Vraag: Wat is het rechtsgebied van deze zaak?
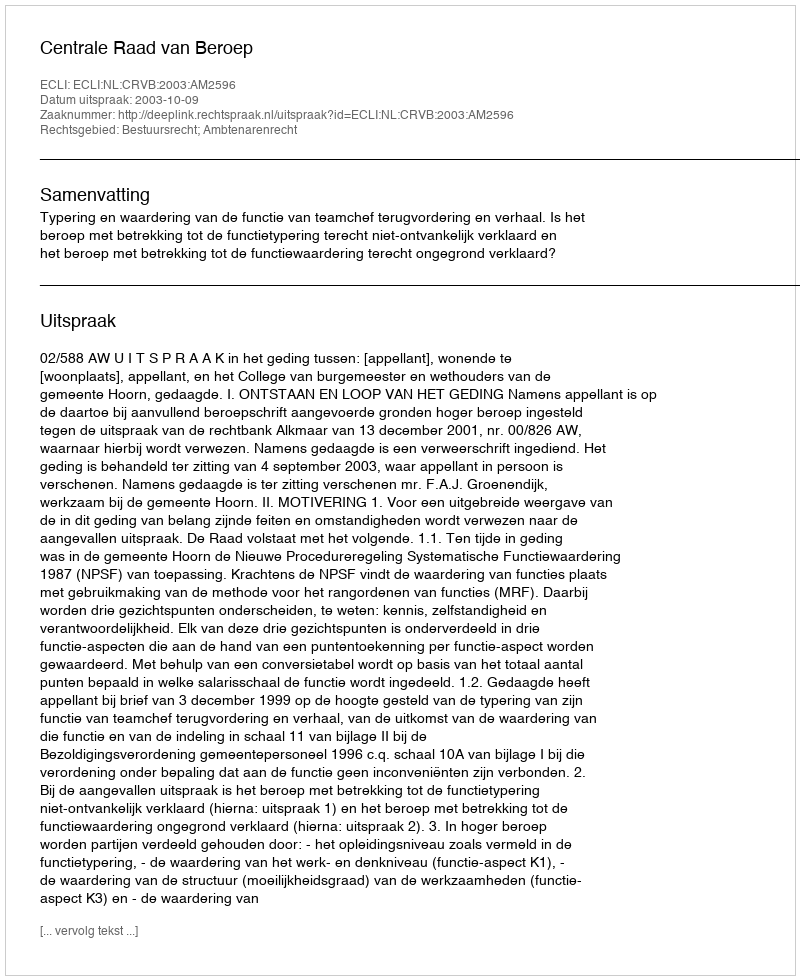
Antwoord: Bestuursrecht; Ambtenarenrecht